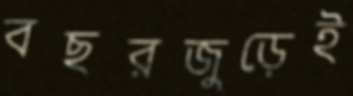
বছরজুড়েই